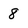
Character: 8